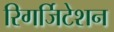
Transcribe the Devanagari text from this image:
रिगर्जिटेशन